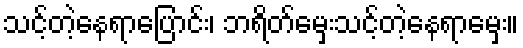
သင့်တဲ့နေရာပြောင်း၊ ဘရိတ်မှေးသင့်တဲ့နေရာမှေး။